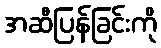
အဆီပြန်ခြင်းကို